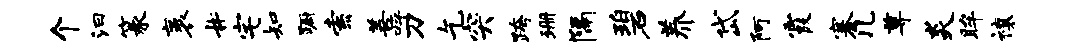
个汩篆袤#宅知蹰索善呼刀乞突跨珊隔碧养岱阿霞搴几尊炎眸禳